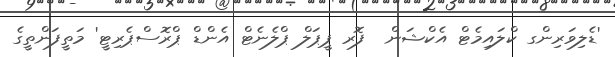
'ޑެލިވަރިންގ ކްލައިމެޓް އެކްޝަން  ފޮރ ޕީޕަލް ޕްލެނެޓް އެންޑް ޕްރޮސްޕެރިޓީ' މަތީފަންތީގެ